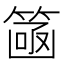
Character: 𮅮